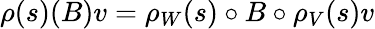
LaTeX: \rho(s)(B)v=\rho_{W}(s)\circ B\circ\rho_{V}(s)v